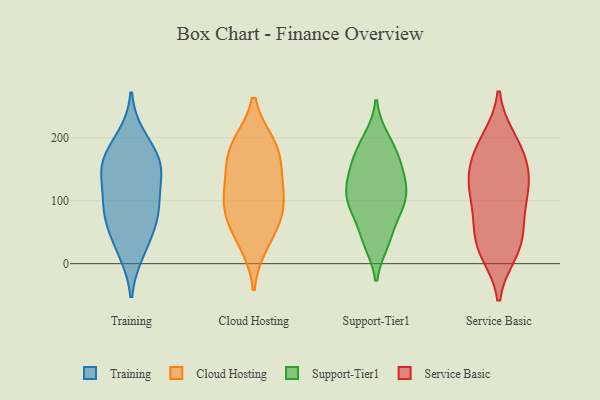
{"axis": {"x": "Net Income (USD K)", "y": "Value"}, "legend": ["Cloud Hosting", "Service Basic", "Support-Tier1", "Training"], "data": [{"x": "", "y": 93, "type": "Training"}, {"x": "", "y": 199, "type": "Training"}, {"x": "", "y": 160, "type": "Training"}, {"x": "", "y": 34, "type": "Training"}, {"x": "", "y": 87, "type": "Training"}, {"x": "", "y": 20, "type": "Training"}, {"x": "", "y": 77, "type": "Training"}, {"x": "", "y": 174, "type": "Training"}, {"x": "", "y": 144, "type": "Training"}, {"x": "", "y": 154, "type": "Training"}, {"x": "", "y": 75, "type": "Training"}, {"x": "", "y": 140, "type": "Training"}, {"x": "", "y": 187, "type": "Cloud Hosting"}, {"x": "", "y": 32, "type": "Cloud Hosting"}, {"x": "", "y": 89, "type": "Cloud Hosting"}, {"x": "", "y": 98, "type": "Cloud Hosting"}, {"x": "", "y": 137, "type": "Cloud Hosting"}, {"x": "", "y": 189, "type": "Cloud Hosting"}, {"x": "", "y": 56, "type": "Cloud Hosting"}, {"x": "", "y": 178, "type": "Cloud Hosting"}, {"x": "", "y": 85, "type": "Cloud Hosting"}, {"x": "", "y": 135, "type": "Cloud Hosting"}, {"x": "", "y": 90, "type": "Support-Tier1"}, {"x": "", "y": 100, "type": "Support-Tier1"}, {"x": "", "y": 126, "type": "Support-Tier1"}, {"x": "", "y": 199, "type": "Support-Tier1"}, {"x": "", "y": 35, "type": "Support-Tier1"}, {"x": "", "y": 164, "type": "Support-Tier1"}, {"x": "", "y": 135, "type": "Support-Tier1"}, {"x": "", "y": 171, "type": "Support-Tier1"}, {"x": "", "y": 93, "type": "Support-Tier1"}, {"x": "", "y": 148, "type": "Support-Tier1"}, {"x": "", "y": 78, "type": "Support-Tier1"}, {"x": "", "y": 166, "type": "Support-Tier1"}, {"x": "", "y": 34, "type": "Support-Tier1"}, {"x": "", "y": 42, "type": "Support-Tier1"}, {"x": "", "y": 97, "type": "Support-Tier1"}, {"x": "", "y": 195, "type": "Support-Tier1"}, {"x": "", "y": 119, "type": "Support-Tier1"}, {"x": "", "y": 117, "type": "Support-Tier1"}, {"x": "", "y": 139, "type": "Service Basic"}, {"x": "", "y": 122, "type": "Service Basic"}, {"x": "", "y": 174, "type": "Service Basic"}, {"x": "", "y": 110, "type": "Service Basic"}, {"x": "", "y": 163, "type": "Service Basic"}, {"x": "", "y": 18, "type": "Service Basic"}, {"x": "", "y": 142, "type": "Service Basic"}, {"x": "", "y": 114, "type": "Service Basic"}, {"x": "", "y": 20, "type": "Service Basic"}, {"x": "", "y": 78, "type": "Service Basic"}, {"x": "", "y": 197, "type": "Service Basic"}, {"x": "", "y": 35, "type": "Service Basic"}, {"x": "", "y": 68, "type": "Service Basic"}, {"x": "", "y": 37, "type": "Service Basic"}, {"x": "", "y": 194, "type": "Service Basic"}]}